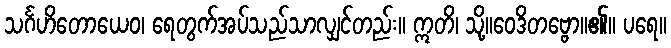
သင်္ဂဟိတောယေဝ၊ ရေတွက်အပ်သည်သာလျှင်တည်း။ ဣတိ၊ သို့။ဝေဒိတဗ္ဗော။၏။ ပရေ။